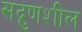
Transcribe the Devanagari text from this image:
सद्गुणशील